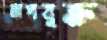
তাপযুক্ত